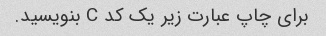
برای چاپ عبارت زیر یک کد C بنویسید.